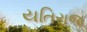
યતિરાજ